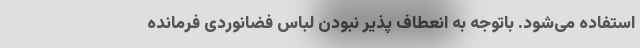
استفاده می‌شود. باتوجه به انعطاف پذیر نبودن لباس فضانوردی فرمانده